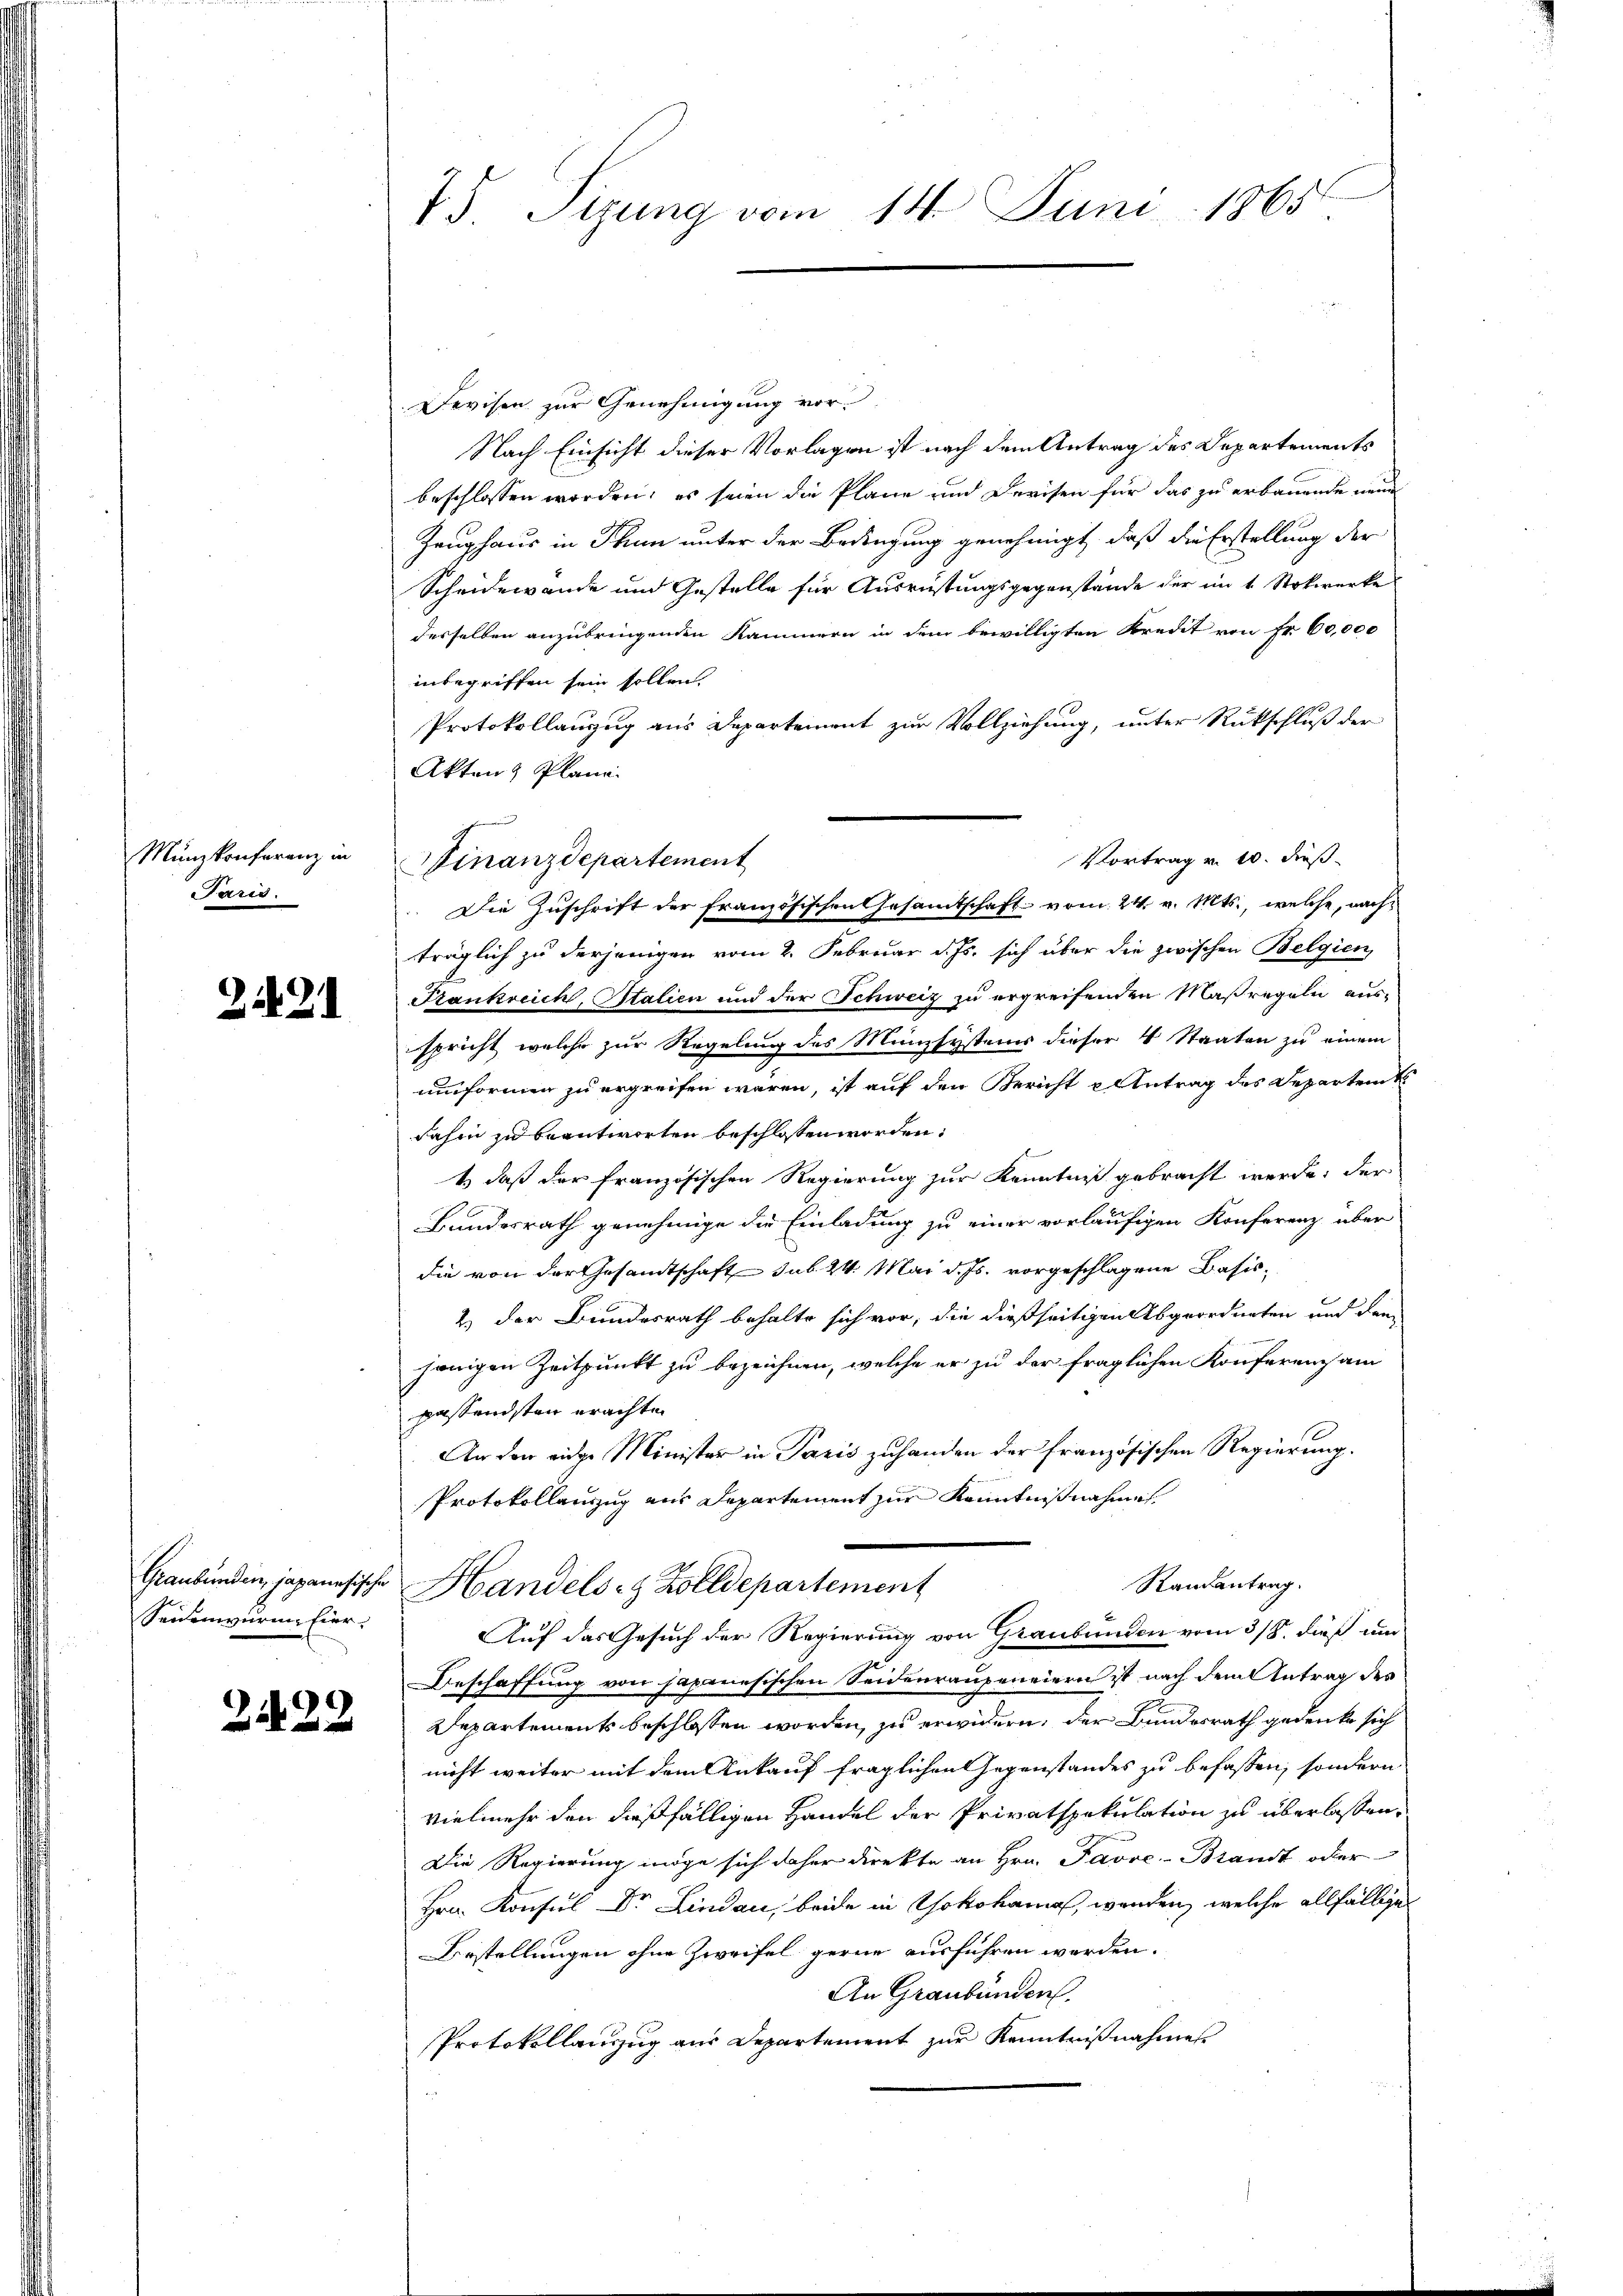
Münzkonferenz in
Paris.

242

Seidenwurme Eier,

2422

75 Sizung vom 14. Juni 1865

Devisen zur Genehmigung vor.
Nach Einsicht dieser Vorlagen ist nach dem Antrag des Departements
beschlossen worden; es seien die Pläne und Devisen für das zu erbauende neue
Zeughaus in Thun unter der Bedingung genehmigt, daß die Erstellung der
Scheidewande und Gestelle für Ausrüstungsgegenstände der im 4. Stockwerke
desselben anzubringenden Kammern in dem bewilligten Kredit von Fr. 60,000
inbegriffen sein sollen.
Protokollanzug aus Departement zur Vollziehung, unter Rückschluß der
Akten Plane.
Finanzdepartement
Die Zuschrift der französischen Gesamtschaft vom 24. v. Mts., welche, nach
träglich zu derjenigen vom 2. Februar d. Js. sich über die zwischen Belgien,
Frankreich, Stalien und der Schweiz zu ergreifenden Maßregeln ausspricht welche zur Regelung des Münzsystems dieser 4 Staaten zu einem
unformen zu ergreifen wären, ist auf den Bericht u Antrag des Departem
dahin zu beantworten beschlossen worden.
f
& daß der Französischen Regierung zur Kenntniß gebracht werde, der
Bundesrath genehmige die Einladung zu einer vorläufigen Konferenz über
die von der Gesandtschaft sub 24. Mai d. Js. vorgeschlagene Basis¬
2.) Der Bundesrath behalte sich vor, die dießseitigen Abgeordneten und dann
hönigen Zeitpunkt zu bezeichnen, welche er zu der fraglichen Konferenz am
passendsten erachten
An der eidge Minister in Paris zuhanden der französischen Regierung.
Protokollenzug aus Departement zur Kenntnißnahme
Randantrag.
Graubünden, japanesische Handels- & Zolldepartement
Auf das Gesuch der Regierung von Graubünden vom 3/8. dieß um
Beschaffung von japanesischen Seidenraupeneiern ist nach dem Antrag des
Departements beschlossen worden, zu erwidern, der Bundesrath gedenke sich
nicht weiter mit dem Ankauf fraglichen Gegenstandes zu befassen, sondern
vielmehr den dießfälligen Handel der Privatspekulation zu überlassen,
Die Regierung möge sich daher direkte an Hrn. Pavve-Brandt oder
Hrn. Konsul Dr Lindau, beide in Yokohama, wenden, welche allfällige
Bestellungen ohne Zweifel gerne ausführen werden.
An Graubünden.
Protokollanzug aus Departement zur Kenntnißnahmen

Vortrag v. 10. dieß